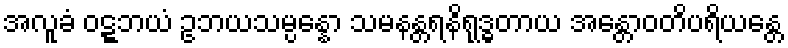
အလူခံ ဝဋ္ဋဘယံ ဥဘယသမ္ပန္နော သမနန္တရနိရုဒ္ဓတာယ အန္တောဝတိပရိယန္တေ